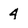
Character: 4